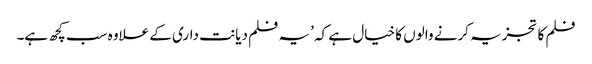
فلم کا تجزیہ کرنے والوں کا خیال ہے کہ ’یہ فلم دیانت داری کے علاوہ سب کچھ ہے۔